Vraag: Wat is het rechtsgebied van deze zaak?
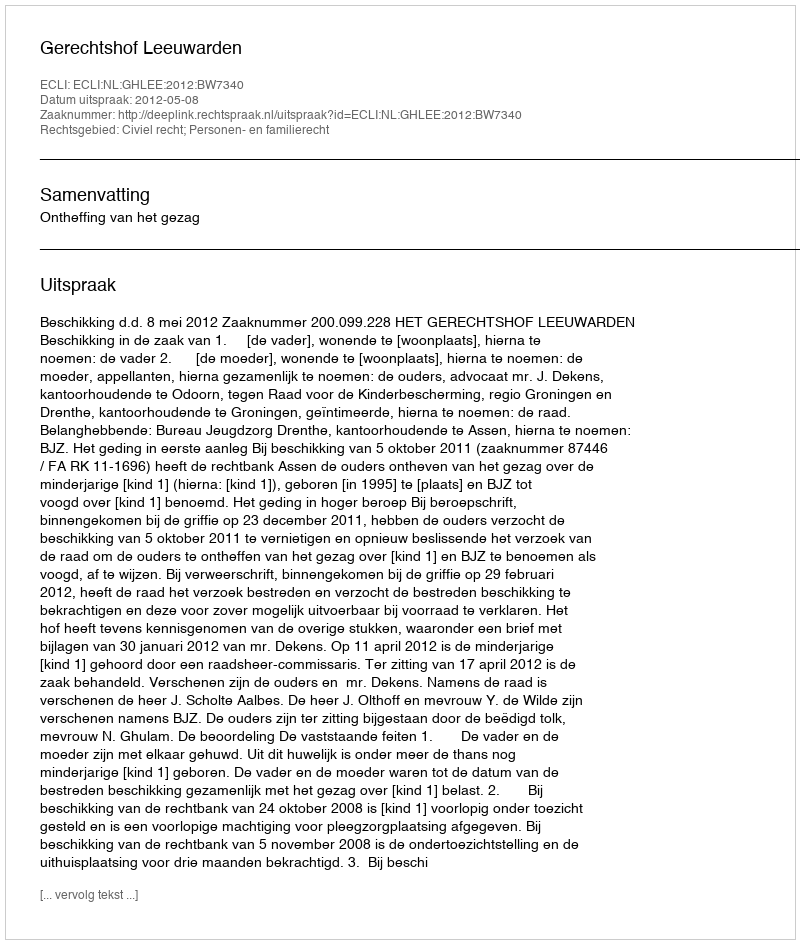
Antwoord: Civiel recht; Personen- en familierecht